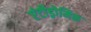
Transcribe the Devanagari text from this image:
एंटीड्रोमिक